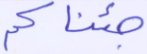
جئناكم